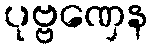
ပုဗ္ဗဏှေန